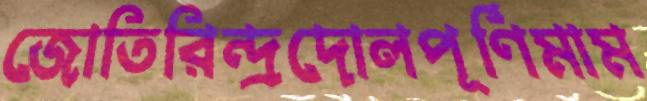
জোতিরিন্দ্রদোলপূর্ণিমাম